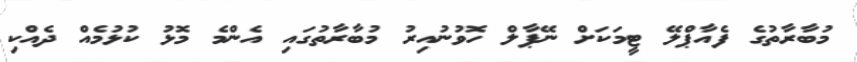
މުބާރާތުގެ ފެއާޕްލޭ ޓީމަކަށް ނޭޕާލް ހޮވުނުއިރު މުބާރާތުގައި އެންމެ މޮޅު ކުޅުމެއް ދެއްކި